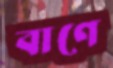
বাণে